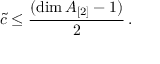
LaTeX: \tilde { c } \leq \frac { ( \dim A _ { [ 2 ] } - 1 ) } { 2 } \, .